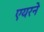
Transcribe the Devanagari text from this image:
एयरने